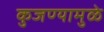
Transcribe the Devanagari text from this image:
कुजण्यामुळे